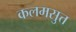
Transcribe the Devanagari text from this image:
कलमसुत्त